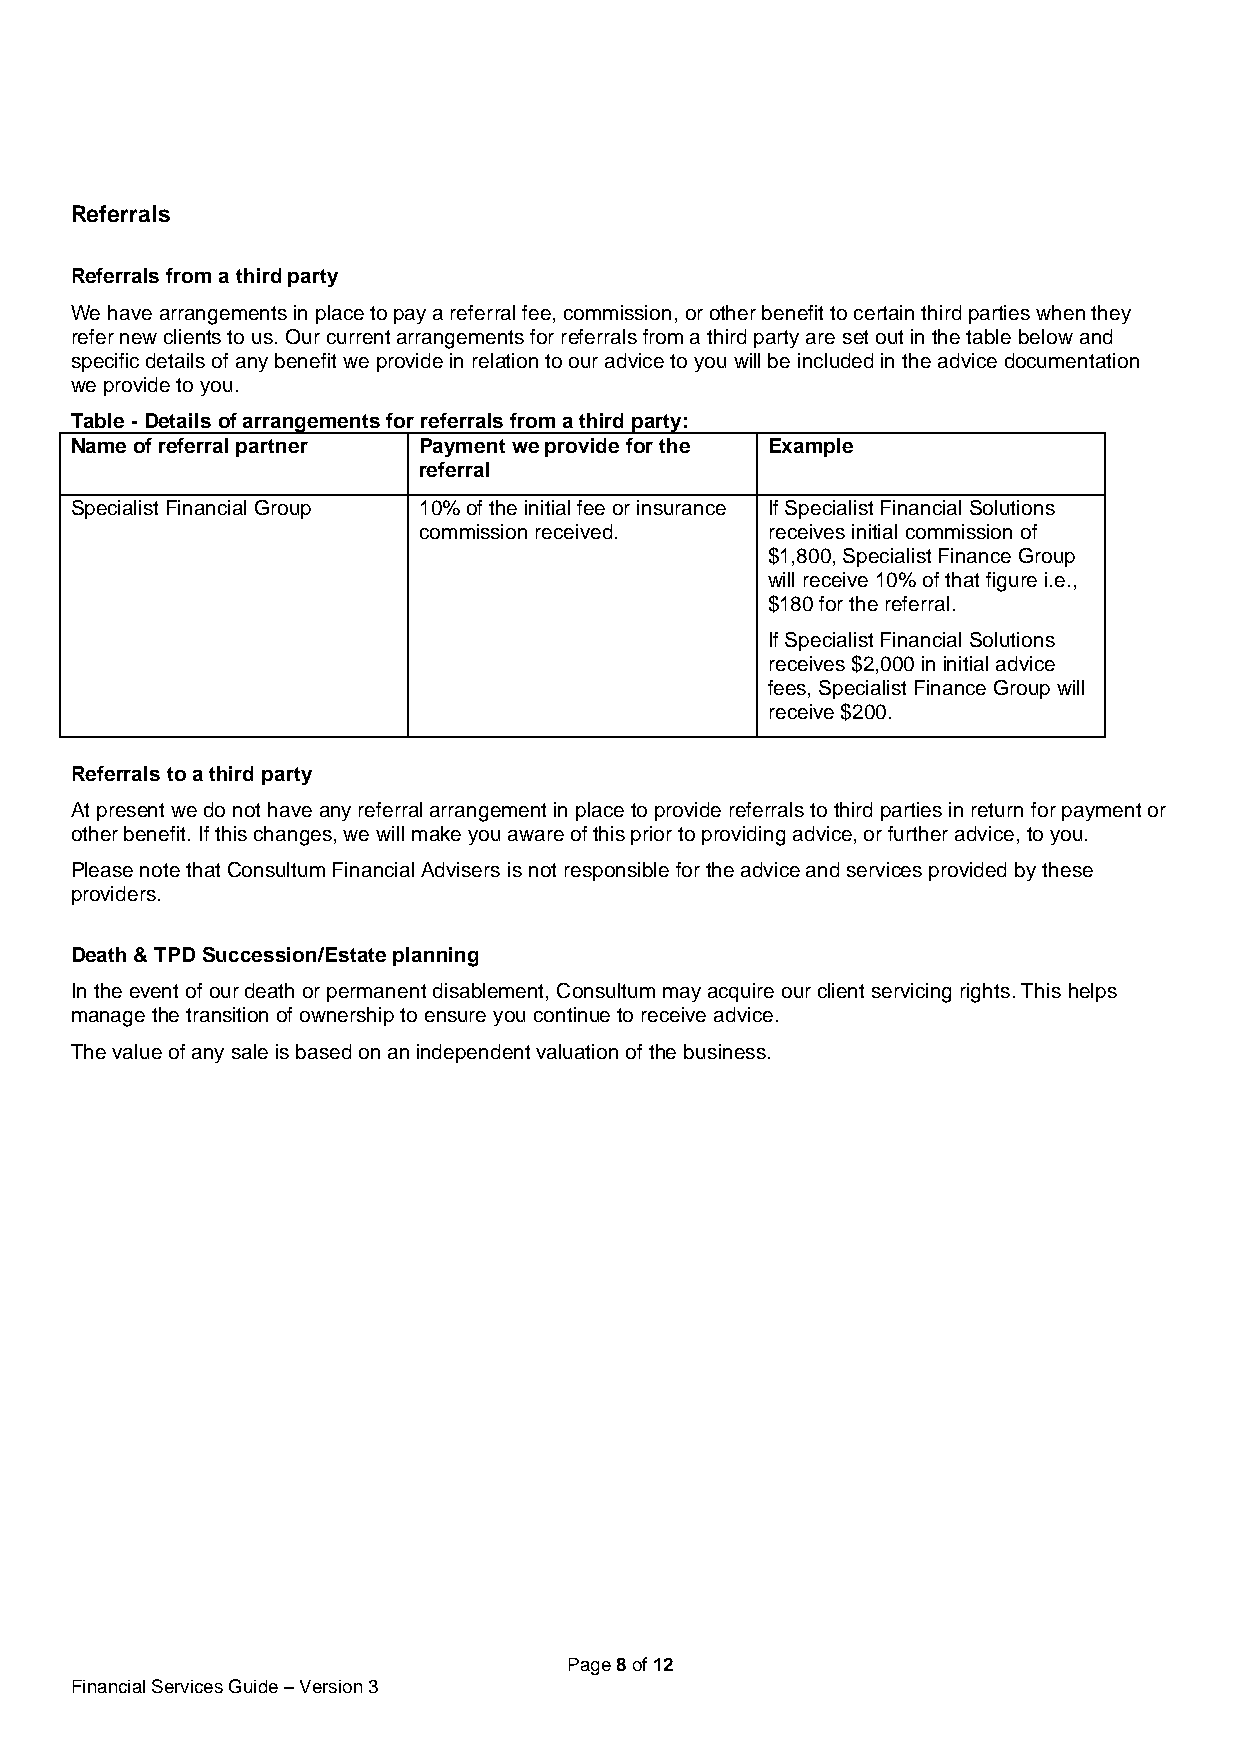
Referrals
 Referrals from a third party
 We have arrangements in place to pay a referral fee, commission, or other benefit to certain third parties when they
 refer new clients to us. Our current arrangements for referrals from a third party are set out in the table below and
 specific details of any benefit we provide in relation to our advice to you will be included in the advice documentation
 we provide to you.
 Table - Details of arrangements for referrals from a third party:
 Name of referral partner Payment we provide for the Example
 referral
 Specialist Financial Group 10% of the initial fee or insurance If Specialist Financial Solutions
 commission received.   receives initial commission of
 $1,800, Specialist Finance Group
 will receive 10% of that figure i.e.,
 $180 for the referral.
 If Specialist Financial Solutions
 receives $2,000 in initial advice
 fees, Specialist Finance Group will
 receive $200.
 Referrals to a third party
 At present we do not have any referral arrangement in place to provide referrals to third parties in return for payment or
 other benefit. If this changes, we will make you aware of this prior to providing advice, or further advice, to you.
 Please note that Consultum Financial Advisers is not responsible for the advice and services provided by these
 providers.
 Death & TPD Succession/Estate planning
 In the event of our death or permanent disablement, Consultum may acquire our client servicing rights. This helps
 manage the transition of ownership to ensure you continue to receive advice.
 The value of any sale is based on an independent valuation of the business.
 Page 8 of 12
 Financial Services Guide – Version 3